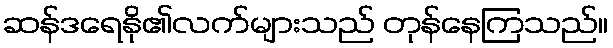
ဆန်ဒရေနို၏လက်များသည် တုန်နေကြသည်။